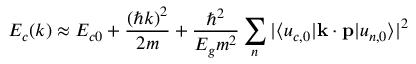
E _ { c } ( { \boldsymbol { k } } ) \approx E _ { c 0 } + { \frac { ( \hbar k ) ^ { 2 } } { 2 m } } + { \frac { \hbar ^ { 2 } } { { E _ { g } } m ^ { 2 } } } \sum _ { n } { | \langle u _ { c , 0 } | \mathbf { k } \cdot \mathbf { p } | u _ { n , 0 } \rangle | ^ { 2 } }